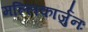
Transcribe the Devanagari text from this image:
मल्लिकार्जुनः